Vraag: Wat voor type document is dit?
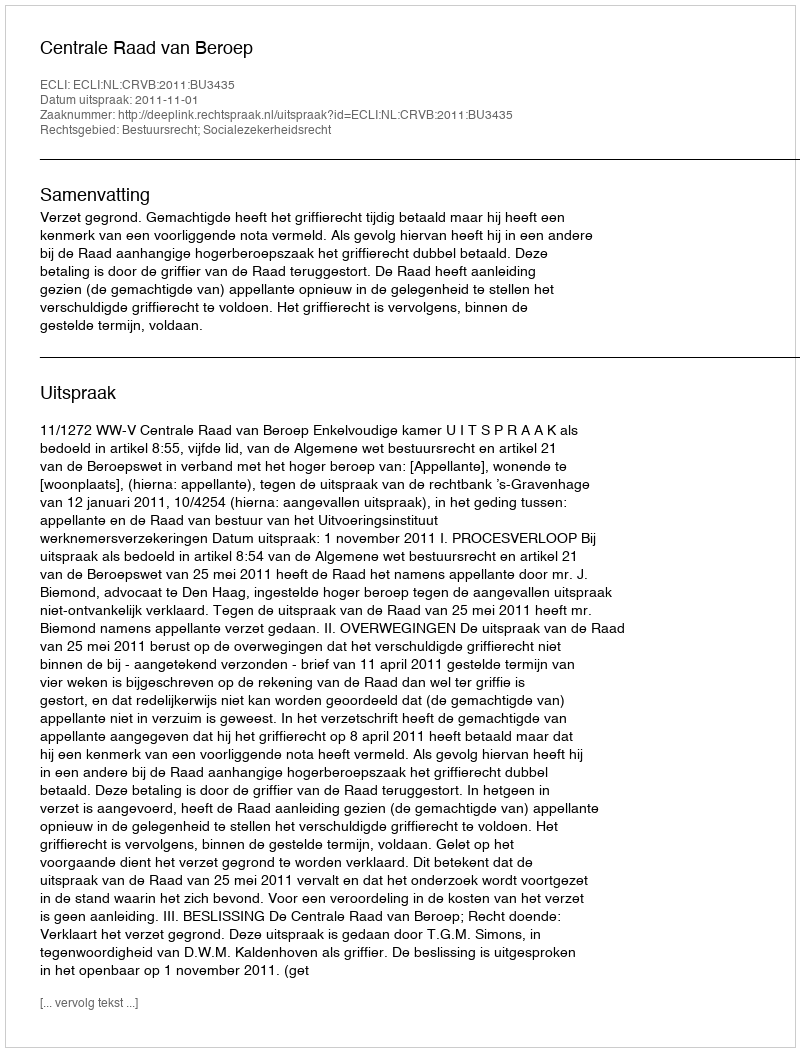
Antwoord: Uitspraak